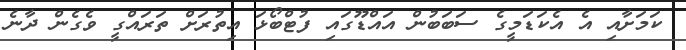
ކަމަށާއި އެ އެކަޑަމީގެ ސަބަބުން އައްޑޫގައި ފުޓްބޯޅަ އިތުރަށް ތަރައްގީ ވެގެން ދާނެ